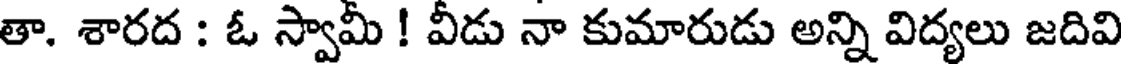
తా. శారద : ఓ స్వామీ ! వీడు నా కుమారుడు అన్ని విద్యలు జదివి